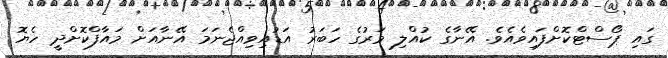
ގައި ޕޯސްޓްކޮށްފައިވެއެވެ. އޭނާގެ ކުއްލި މަރުގެ ހަބަރު އަޑުއިވިއްޖެނަމަ އޭނާއަށް މައާފްކޮށްދީ ހެޔޮ